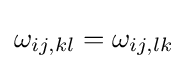
\omega _{ij,kl}=\omega _{ij,lk}